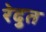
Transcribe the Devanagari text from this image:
रेदुत